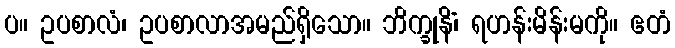
ပ။ ဥပစာလံ၊ ဥပစာလာအမည်ရှိသော။ ဘိက္ခုနိံ၊ ရဟန်းမိန်းမကို။ ဧတံ